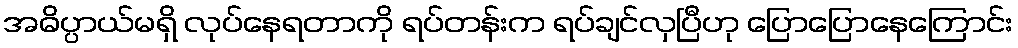
အဓိပ္ပာယ်မရှိ လုပ်နေရတာကို ရပ်တန်းက ရပ်ချင်လှပြီဟု ပြောပြောနေကြောင်း